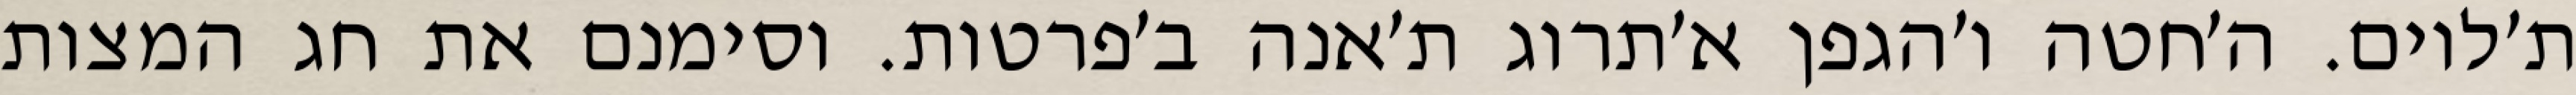
ת׳לוים. ה׳חטה ו׳הגפן א׳תרוג ת׳אנה ב׳פרטות. וסימנם את חג המצות